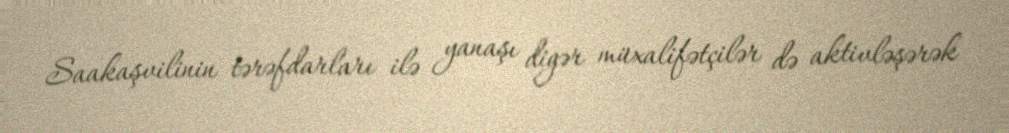
Saakaşvilinin tərəfdarları ilə yanaşı digər müxalifətçilər də aktivləşərək